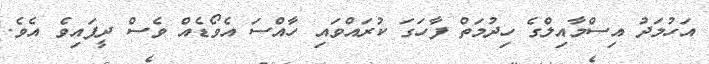
އަހުމަދު އިސްމާއިލްގެ ހިދުމަތް ފާހަގަ ކުރައްވައި ހާއްސަ އެވޯޑެއް ވެސް ދީފައިވެ އެވެ.